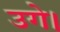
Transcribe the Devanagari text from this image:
उगे।